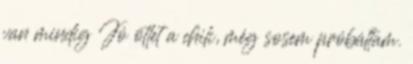
van mindig Jó ötlet a chili, még sosem próbáltam.